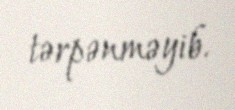
tərpənməyib.